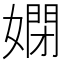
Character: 𡠳